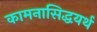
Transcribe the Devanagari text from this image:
कामनासिद्धयर्थ